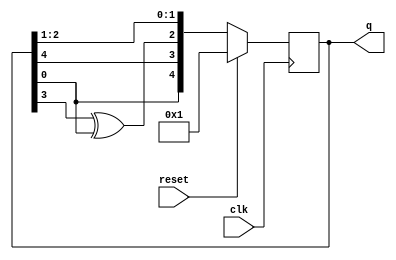
module top_module(
    input clk,
    input reset,    // Active-high synchronous reset to 5'h1
    output [4:0] q
); 

always @(posedge clk) begin
  if(reset) begin
    q <= 5'b1;
  end else begin
    q <= {0^q[0], q[4], q[3]^q[0], q[2:1]};
  end
end

endmodule